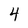
Character: 4